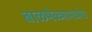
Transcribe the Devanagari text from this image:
बाळमेळ्यामध्येच